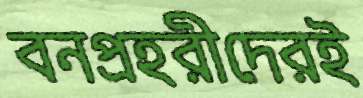
বনপ্রহরীদেরই